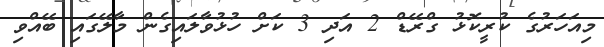
މިއަހަރުގެ ކުރީކޮޅު ގްރޭޑް 2 އަދި 3 ކަށް ހުޅުވާލައިގެން މާލޭގައި ބޭއްވި